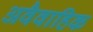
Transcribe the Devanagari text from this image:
अवैवाहिक